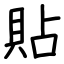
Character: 貼